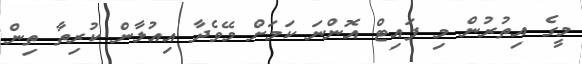
މީގެ އިތުރުން މި ފައިޓް އޮންނަ ކަމަށް މޭވެދާ އިއުލާން ކުރިތާ ތިން